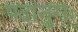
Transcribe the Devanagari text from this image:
पदानुगः